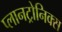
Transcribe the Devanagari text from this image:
प्लानट्रोनिक्स